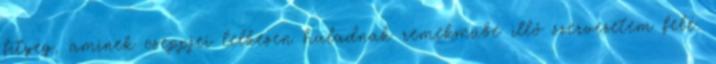
fityeg, aminek cseppjei lelkesen haladnak remekműbe illő szervezetem felé.